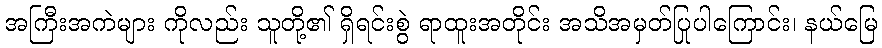
အကြီးအကဲများ ကိုလည်း သူတို့၏ ရှိရင်းစွဲ ရာထူးအတိုင်း အသိအမှတ်ပြုပါကြောင်း၊ နယ်မြေ